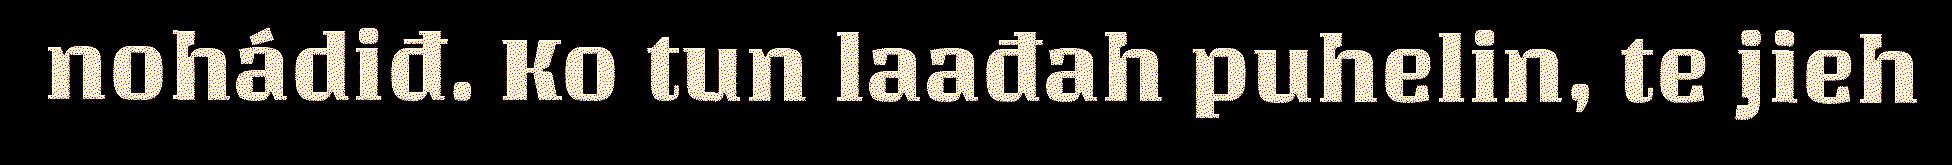
nohádiđ. Ko tun laađah puhelin, te jieh